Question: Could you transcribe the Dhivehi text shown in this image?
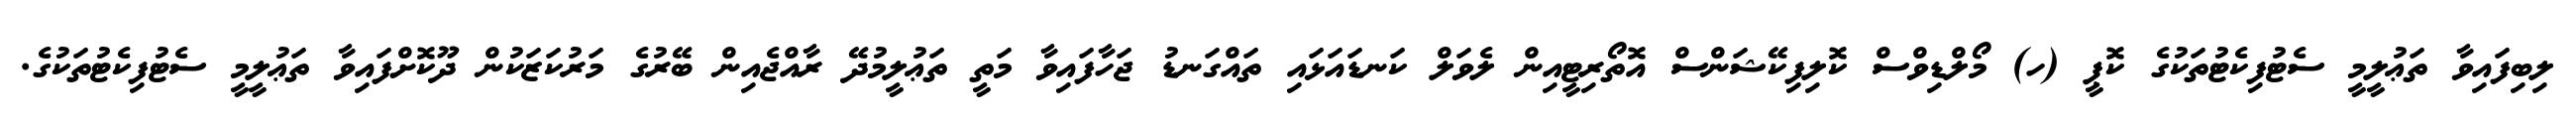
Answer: ލިބިފައިވާ ތަޢުލީމީ ސެޓުފިކެޓުތަކުގެ ކޮޕީ (ހ) މޯލްޑިވްސް ކޮލިފިކޭޝަންސް އޮތޯރިޓީއިން ލެވަލް ކަނޑައަޅައި ތައްގަނޑު ޖަހާފައިވާ މަތީ ތަޢުލީމުދޭ ރާއްޖެއިން ބޭރުގެ މަރުކަޒަކުން ދޫކޮށްފައިވާ ތަޢުލީމީ ސެޓުފިކެޓުތަކުގެ.